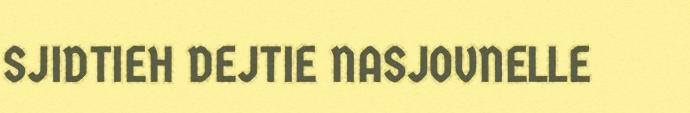
SJIDTIEH DEJTIE NASJOVNELLE